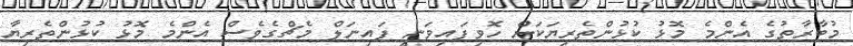
މުބާރާތުގެ އެންމެ މޮޅު ކުޅުންތެރިޔަކަށް ހޮވިފައިވަނީ ފައިނަލް މެޗްގެވެސް އެންމެ މޮޅު ކުޅުންތެރިޔާ